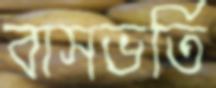
বাসভর্তি